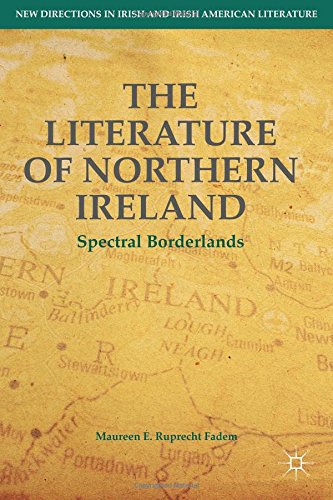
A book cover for The Literature of Northern Ireland: Spectral Borderlands (New Directions in Irish and Irish American Literature); Maureen E. Ruprecht Fadem; Literature & Fiction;